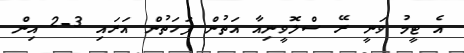
އެ ޓީމު ވަނީ ރޭ ސްލޮވީނިއާ އަތުން ފަހަތުން އަރައި 3-2 އިން